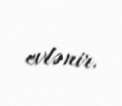
evlənir.